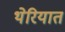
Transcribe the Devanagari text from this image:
थेरियात